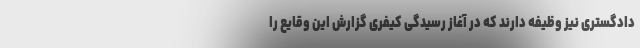
دادگستری نیز وظیفه دارند که در آغاز رسیدگی کیفری گزارش این وقایع را